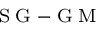
_ { \tiny \mathrm { ~ S ~ G ~ - ~ G ~ M ~ } }